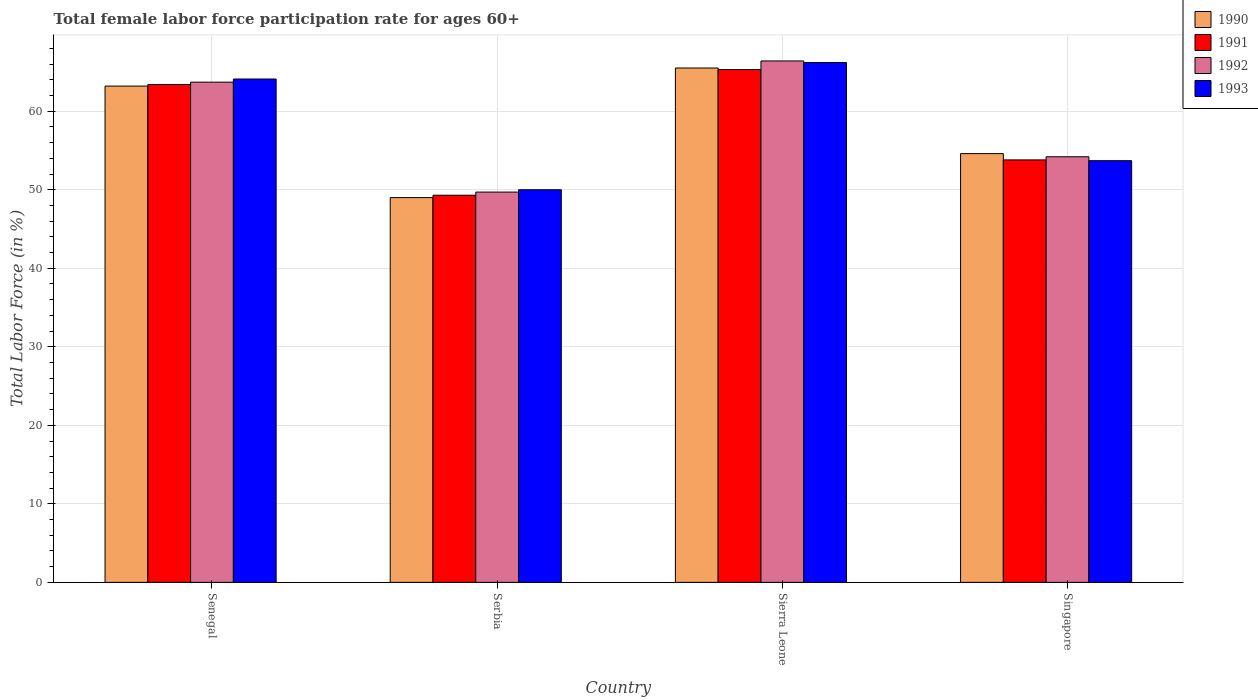
| Country | 1990 | 1991 | 1992 | 1993 |
 | --- | --- | --- | --- | --- |
 | Senegal | 63.2 | 63.4 | 63.7 | 64.1 |
 | Serbia | 49 | 49.3 | 49.7 | 50 |
 | Sierra Leone | 65.5 | 65.3 | 66.4 | 66.2 |
 | Singapore | 54.6 | 53.8 | 54.2 | 53.7 |